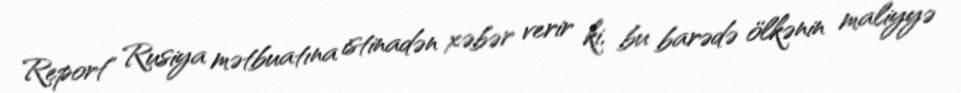
Report" Rusiya mətbuatına istinadən xəbər verir ki, bu barədə ölkənin maliyyə